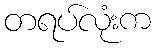
တရပ်လုံးက